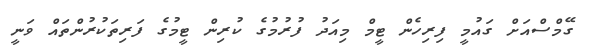
ގޭމްސްއަށް ގައުމީ ފިރިހެން ޓީމް މިއަދު ފުރުމުގެ ކުރިން ޓީމުގެ ފަރިތަކުރުންތައް ވަނީ